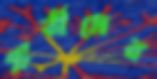
প্রার্তীদের